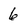
Character: 6